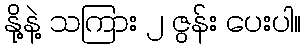
နို့နဲ့ သကြား ၂ ဇွန်း ပေးပါ။